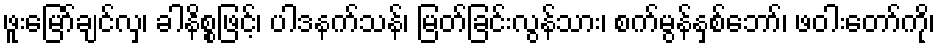
ဖူးမြော်ချင်လှ၊ ခါနိစ္စဖြင့်၊ ပါဒနက်သန်၊ မြတ်ခြင်းလွန်သား၊ စက်မွန်နှစ်ဘော်၊ ဖဝါးတော်ကို၊